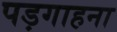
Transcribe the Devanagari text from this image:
पड़गाहना